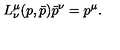
L _ { \nu } ^ { \mu } ( p , \bar { p } ) \bar { p } ^ { \nu } = p ^ { \mu } .